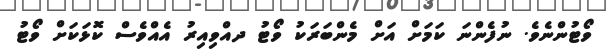
ވޯޓުންނެވެ. ނުފެންނަ ކަމަށް އަށް މެންބަރަކު ވޯޓު ދއްވިއިރު އެއްވެސް ކޮޅަކަށް ވޯޓު